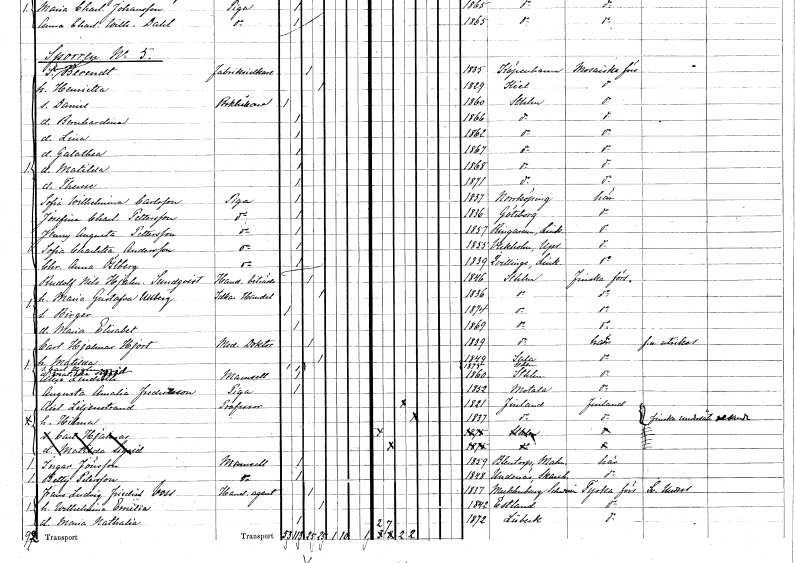
gt_parse: households: individuals: FN: Simon
EN: Berendt
YRKE: Fabriksidkare
KON: M
CIV: G
FODAR: 1835
FN: Henrietta
KON: K
CIV: G
FODAR: 1829
FN: Daniel
YRKE: Bokhållare
KON: M
CIV: O
FODAR: 1860
FODFORS: Stockholm
FN: Bernhardina
KON: K
CIV: O
FODAR: 1866
FODFORS: Stockholm
FN: Lina
KON: K
CIV: O
FODAR: 1862
FODFORS: Stockholm
FN: Galathea
KON: K
CIV: O
FODAR: 1867
FODFORS: Stockholm
FN: Matilda
KON: K
CIV: O
FODAR: 1868
FODFORS: Stockholm
FN: Therese
KON: K
CIV: O
FODAR: 1871
FODFORS: Stockholm
FN: Sofia Wilhelmina
EN: Carlsson
YRKE: Piga
KON: K
CIV: O
FODAR: 1837
FODFORS: Norrköping Östergötlands län
FN: Josefina Charlotta
EN: Pettersson
YRKE: Piga
KON: K
CIV: O
FODAR: 1836
FODFORS: Göteborg Göteborgs- och Bohuslän
FN: Jenny Augusta
EN: Pettersson
YRKE: Piga
KON: K
CIV: O
FODAR: 1857
FODFORS: Ringarum Östergötlands län
FN: Sofia Charlotta
EN: Andersson
YRKE: Piga
KON: K
CIV: O
FODAR: 1855
FODFORS: Veckholm Uppsala län
FN: Christina Anna
EN: Östberg
YRKE: Piga
KON: K
CIV: O
FODAR: 1839
FODFORS: Kvillinge Östergötlands län
FN: Rudolf Nils Hjalmar
EN: Sundqvist
YRKE: Handelsbiträde
KON: M
CIV: G
FODAR: 1846
FODFORS: Stockholm
FN: Maria Gustafva
EN: Ullberg
YRKE: Handelsidkerska
KON: K
CIV: G
FODAR: 1836
FODFORS: Stockholm
FN: Birger
KON: M
CIV: O
FODAR: 1874
FODFORS: Stockholm
FN: Maria Elisabet
KON: K
CIV: O
FODAR: 1869
FODFORS: Stockholm
FN: Carl Hjalmar
EN: Hjort
YRKE: Medicine doktor
KON: M
CIV: G
FODAR: 1839
FODFORS: Stockholm
FN: Matilda
KON: K
CIV: G
FODAR: 1849
FODFORS: Sala Västmanlands län
FN: Carl Hjalmar
KON: M
CIV: O
FODAR: 1875
FODFORS: Stockholm
FN: Matilda Sigrid
KON: K
CIV: O
FODAR: 1875
FODFORS: Stockholm
FN: Alice
EN: Lindroth
KON: K
CIV: O
FODAR: 1860
FODFORS: Stockholm
FN: Augusta Amalia
EN: Fredriksson
YRKE: Piga
KON: K
CIV: O
FODAR: 1852
FODFORS: Motala Östergötlands län
FN: Axel
EN: Liljenstrand
YRKE: Professor
KON: M
CIV: G
FODAR: 1821
FN: Hilma
KON: K
CIV: G
FODAR: 1837
FN: Ingar
EN: Jönsson
KON: K
CIV: O
FODAR: 1859
FODFORS: Blentarp Malmöhus län
FN: Betty
EN: Petersson
KON: K
CIV: O
FODAR: 1848
FODFORS: Undenäs Skaraborgs län
FN: Frans Ludvig Friedrich
EN: Voss
YRKE: Handelsagent
KON: M
CIV: G
FODAR: 1837
FN: Wilhelmina Emilia
KON: K
CIV: G
FODAR: 1842
FN: Maria Nathalia
KON: K
CIV: O
FODAR: 1872